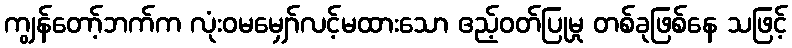
ကျွန်တော့်ဘက်က လုံးဝမမျှော်လင့်မထားသော ဧည့်ဝတ်ပြုမှု တစ်ခုဖြစ်နေ သဖြင့်